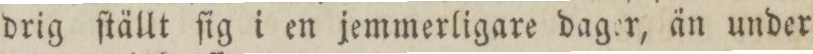
drig ſtällt ſig i en jemmerligare dager, än under